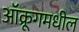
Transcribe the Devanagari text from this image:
ऑक्रूगमधील